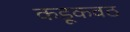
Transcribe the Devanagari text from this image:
कडूकवठ